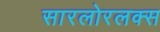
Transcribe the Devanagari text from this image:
सारलोरलक्स